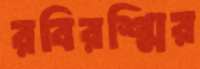
রবিরশ্মির